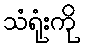
သံရုံးကို